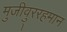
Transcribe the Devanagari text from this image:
मुजीवु्ररहमान